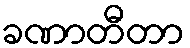
ခဏာတီတာ